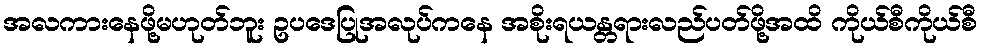
အလကားနေဖို့မဟုတ်ဘူး ဥပဒေပြုအလုပ်ကနေ အစိုးရယန္တရားလည်ပတ်ဖို့အထိ ကိုယ်စီကိုယ်စီ